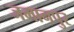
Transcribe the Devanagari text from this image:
जमानपुर